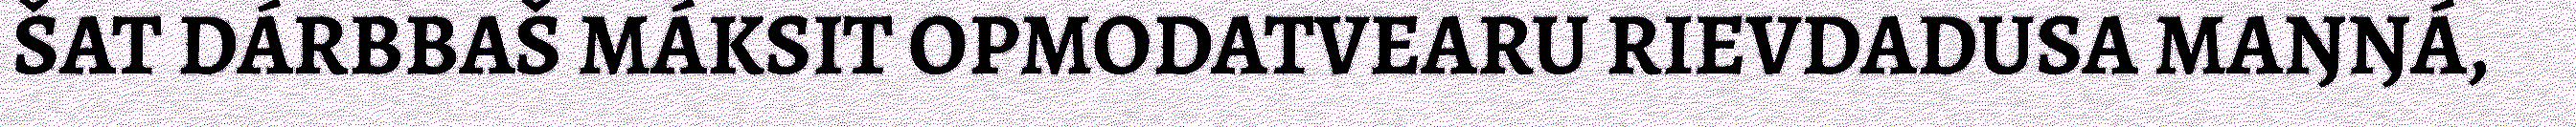
ŠAT DÁRBBAŠ MÁKSIT OPMODATVEARU RIEVDADUSA MAŊŊÁ,